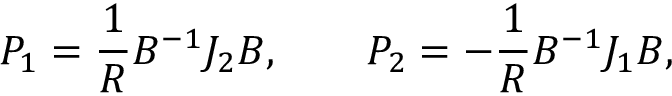
P _ { 1 } = { \frac { 1 } { R } } B ^ { - 1 } J _ { 2 } B , \qquad P _ { 2 } = - { \frac { 1 } { R } } B ^ { - 1 } J _ { 1 } B ,